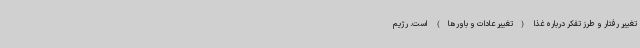
تغییر رفتار و طرز تفکر درباره غذا (تغییر عادات و باورها) است. رژیم